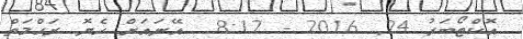
އޮކްޓޯބަރު 24